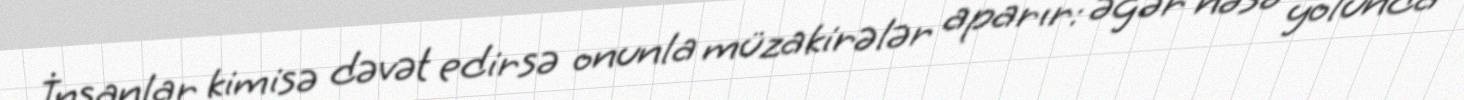
İnsanlar kimisə dəvət edirsə onunla müzakirələr aparır: əgər nəsə yolunda